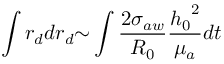
\int { r _ { d } d r _ { d } } { \sim } \int \frac { 2 { \sigma } _ { a w } } { R _ { 0 } } \frac { { h _ { 0 } } ^ { 2 } } { { \mu } _ { a } } d t